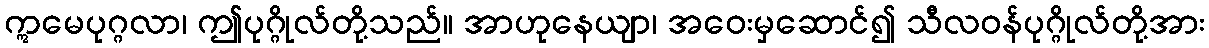
ဣမေပုဂ္ဂလာ၊ ဤပုဂ္ဂိုလ်တို့သည်။ အာဟုနေယျာ၊ အဝေးမှဆောင်၍ သီလဝန်ပုဂ္ဂိုလ်တို့အား